Sanitation, dispensaries and jails vaccination Rajputana 1922-1927 - 1922-1927
Year: 1922
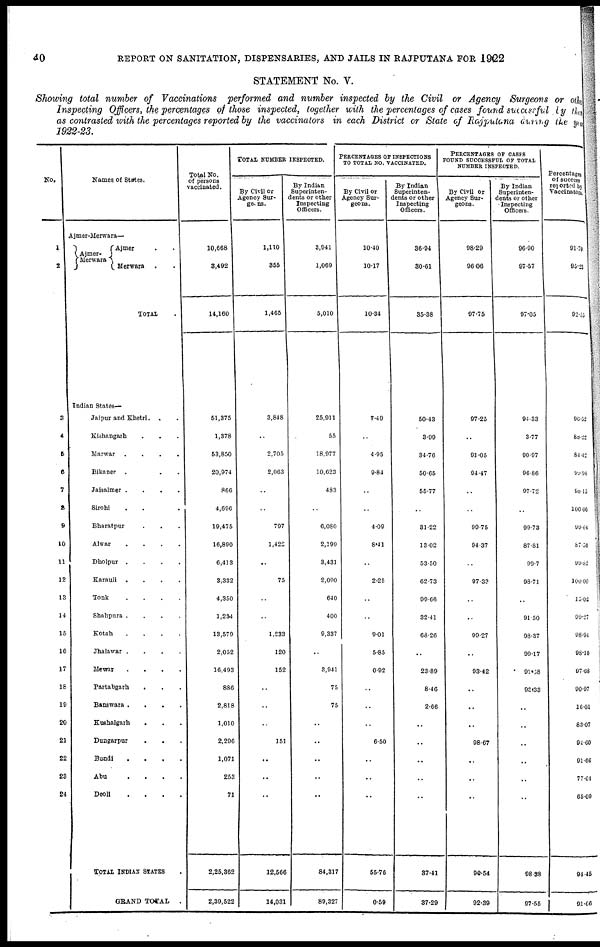
40
REPORT ON SANITATION, DISPENSARIES, AND JAILS IN RAJPUTANA FOR 1922
STATEMENT No. V.
Showing total number of Vaccinations performed and number inspected by the Civil or Agency Surgeons or other
Inspecting Officers, the percentages of those inspected, together with the percentages of cases found successful by thes
as contrasted with the percentages reported by the vaccinators in each District or State of Rajputana during the year
1922-23.
No.
1
2
3
4
5
6
7
8
9
10
11
12
13
14
15
16
17
18
19
20
21
22
23
24
Names of States.
Ajmer-Merwara—
Ajmer-
Merwara
Ajmer . .
Merwara . .
TOTAL .
Indian States—
Jaipur and Khetri. . .
Kishangarh . . .
Marwar
.
.
.
.
Bikaner . . .
Jaisalmer
.
.
.
.
Sirohi . . .
Bharatpur . . .
Alwar . . . .
Dholpur . . . .
Karauli
.
.
.
.
Tonk
.
.
.
.
Shahpura
.
.
.
.
Kotah
.
.
.
.
Jhalawar
.
.
.
.
Mewar . . . .
Partabgarh . . .
Banswara
.
.
.
.
Kushalgarh . . .
Dungarpur . . .
Bundi . . . .
Abu
.
.
.
.
Deoli . . . .
TOTAL INDIAN STATES .
GRAND TOTAL
.
Total No.
of persons
vaccinated.
10,668
3,492
14,160
51,375
1,378
53,850
20,974
866
4,696
19,475
16,890
6,413
3,332
4,350
1,234
13,579
2,052
16,493
886
2,818
1,010
2,296
1,071
253
71
2,25,362
2,39,522
TOTAL NUMBER INSPECTED.
By Civil or
Agency Sur¬
geons.
1,110
355
1,465
3,848
..
2,705
2,063
..
..
797
1,422
..
75
..
..
1,233
120
152
..
..
..
151
..
..
..
12,566
14,031
By Indian
Superinten¬
dents or other
Inspecting
Officers.
3,941
1,069
5,010
25,911
55
18,977
10,623
483
..
6,080
2,199
3,431
2,090
640
400
9,337
..
3,941
75
75
..
..
..
..
..
84,317
89,327
PERCENTAGES OF INSPECTIONS
TO TOTAL NO. VACCINATED.
By Civil or
Agency Sur¬
geons.
10.40
10.17
10.34
7.49
..
4.95
9.84
..
..
4.09
8.41
..
2.25
..
..
9.01
5.85
0.92
..
..
..
6.50
..
..
..
55.76
0.59
By Indian
Superinten¬
dents or other
Inspecting
Officers.
36.94
30.61
35.38
50.43
3.99
34.76
50.65
55.77
..
31.22
13.02
53.50
62.73
99.66
32.41
68.26
..
23.89
8.46
2.66
..
..
..
..
..
37.41
37.29
PERCENTAGES OF CASES
FOUND SUCCESSFUL OF TOTAL
NUMBER INSPECTED.
By Civil or
Agency Sur-
geons.
98.29
96.06
97.75
97.25
..
91.05
94.47
..
..
99.75
94.37
..
97.33
..
..
99.27
..
93.42
..
..
..
98.67
..
..
..
90.54
92.39
By Indian
Superinten-
dents or other
Inspecting
Officers.
96.90
97.57
97.05
94.33
3.77
90.97
96.86
97.72
..
99.73
87.81
99.7
98.71
..
91.50
98.37
99.17
91.38
93.33
..
..
..
..
..
..
98.38
97.55
Percentages
of success
reported by
Vaccinators.
91.70
95.23
92.55
96.52
88.22
84.42
99.94
98.15
100.00
99.64
87.50
99.82
100.00
15.02
99.27
98.94
98.10
97.68
90.97
16.01
83.07
94.60
91.66
77.04
65.09
94.45
91.66